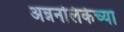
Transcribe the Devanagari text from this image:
अन्ननलिकेच्या